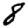
Digit: 8